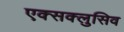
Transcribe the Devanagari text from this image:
एक्सक्लुसिव